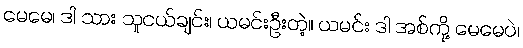
မေမေ၊ ဒါ သား သူငယ်ချင်း၊ ယမင်းဦးတဲ့။ ယမင်း ဒါ အစ်ကို့ မေမေပဲ၊